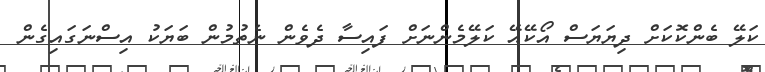
ކަލޭ ބެންކޮކަށް ދިޔަޔަސް އޯކޭއޭ ކަލޭމެންނަށް ފައިސާ ދެވެން ނެތުމުން ބަޔަކު އިސްނަގައިގެން